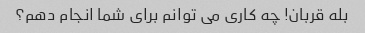
بله قربان! چه کاری می توانم برای شما انجام دهم؟